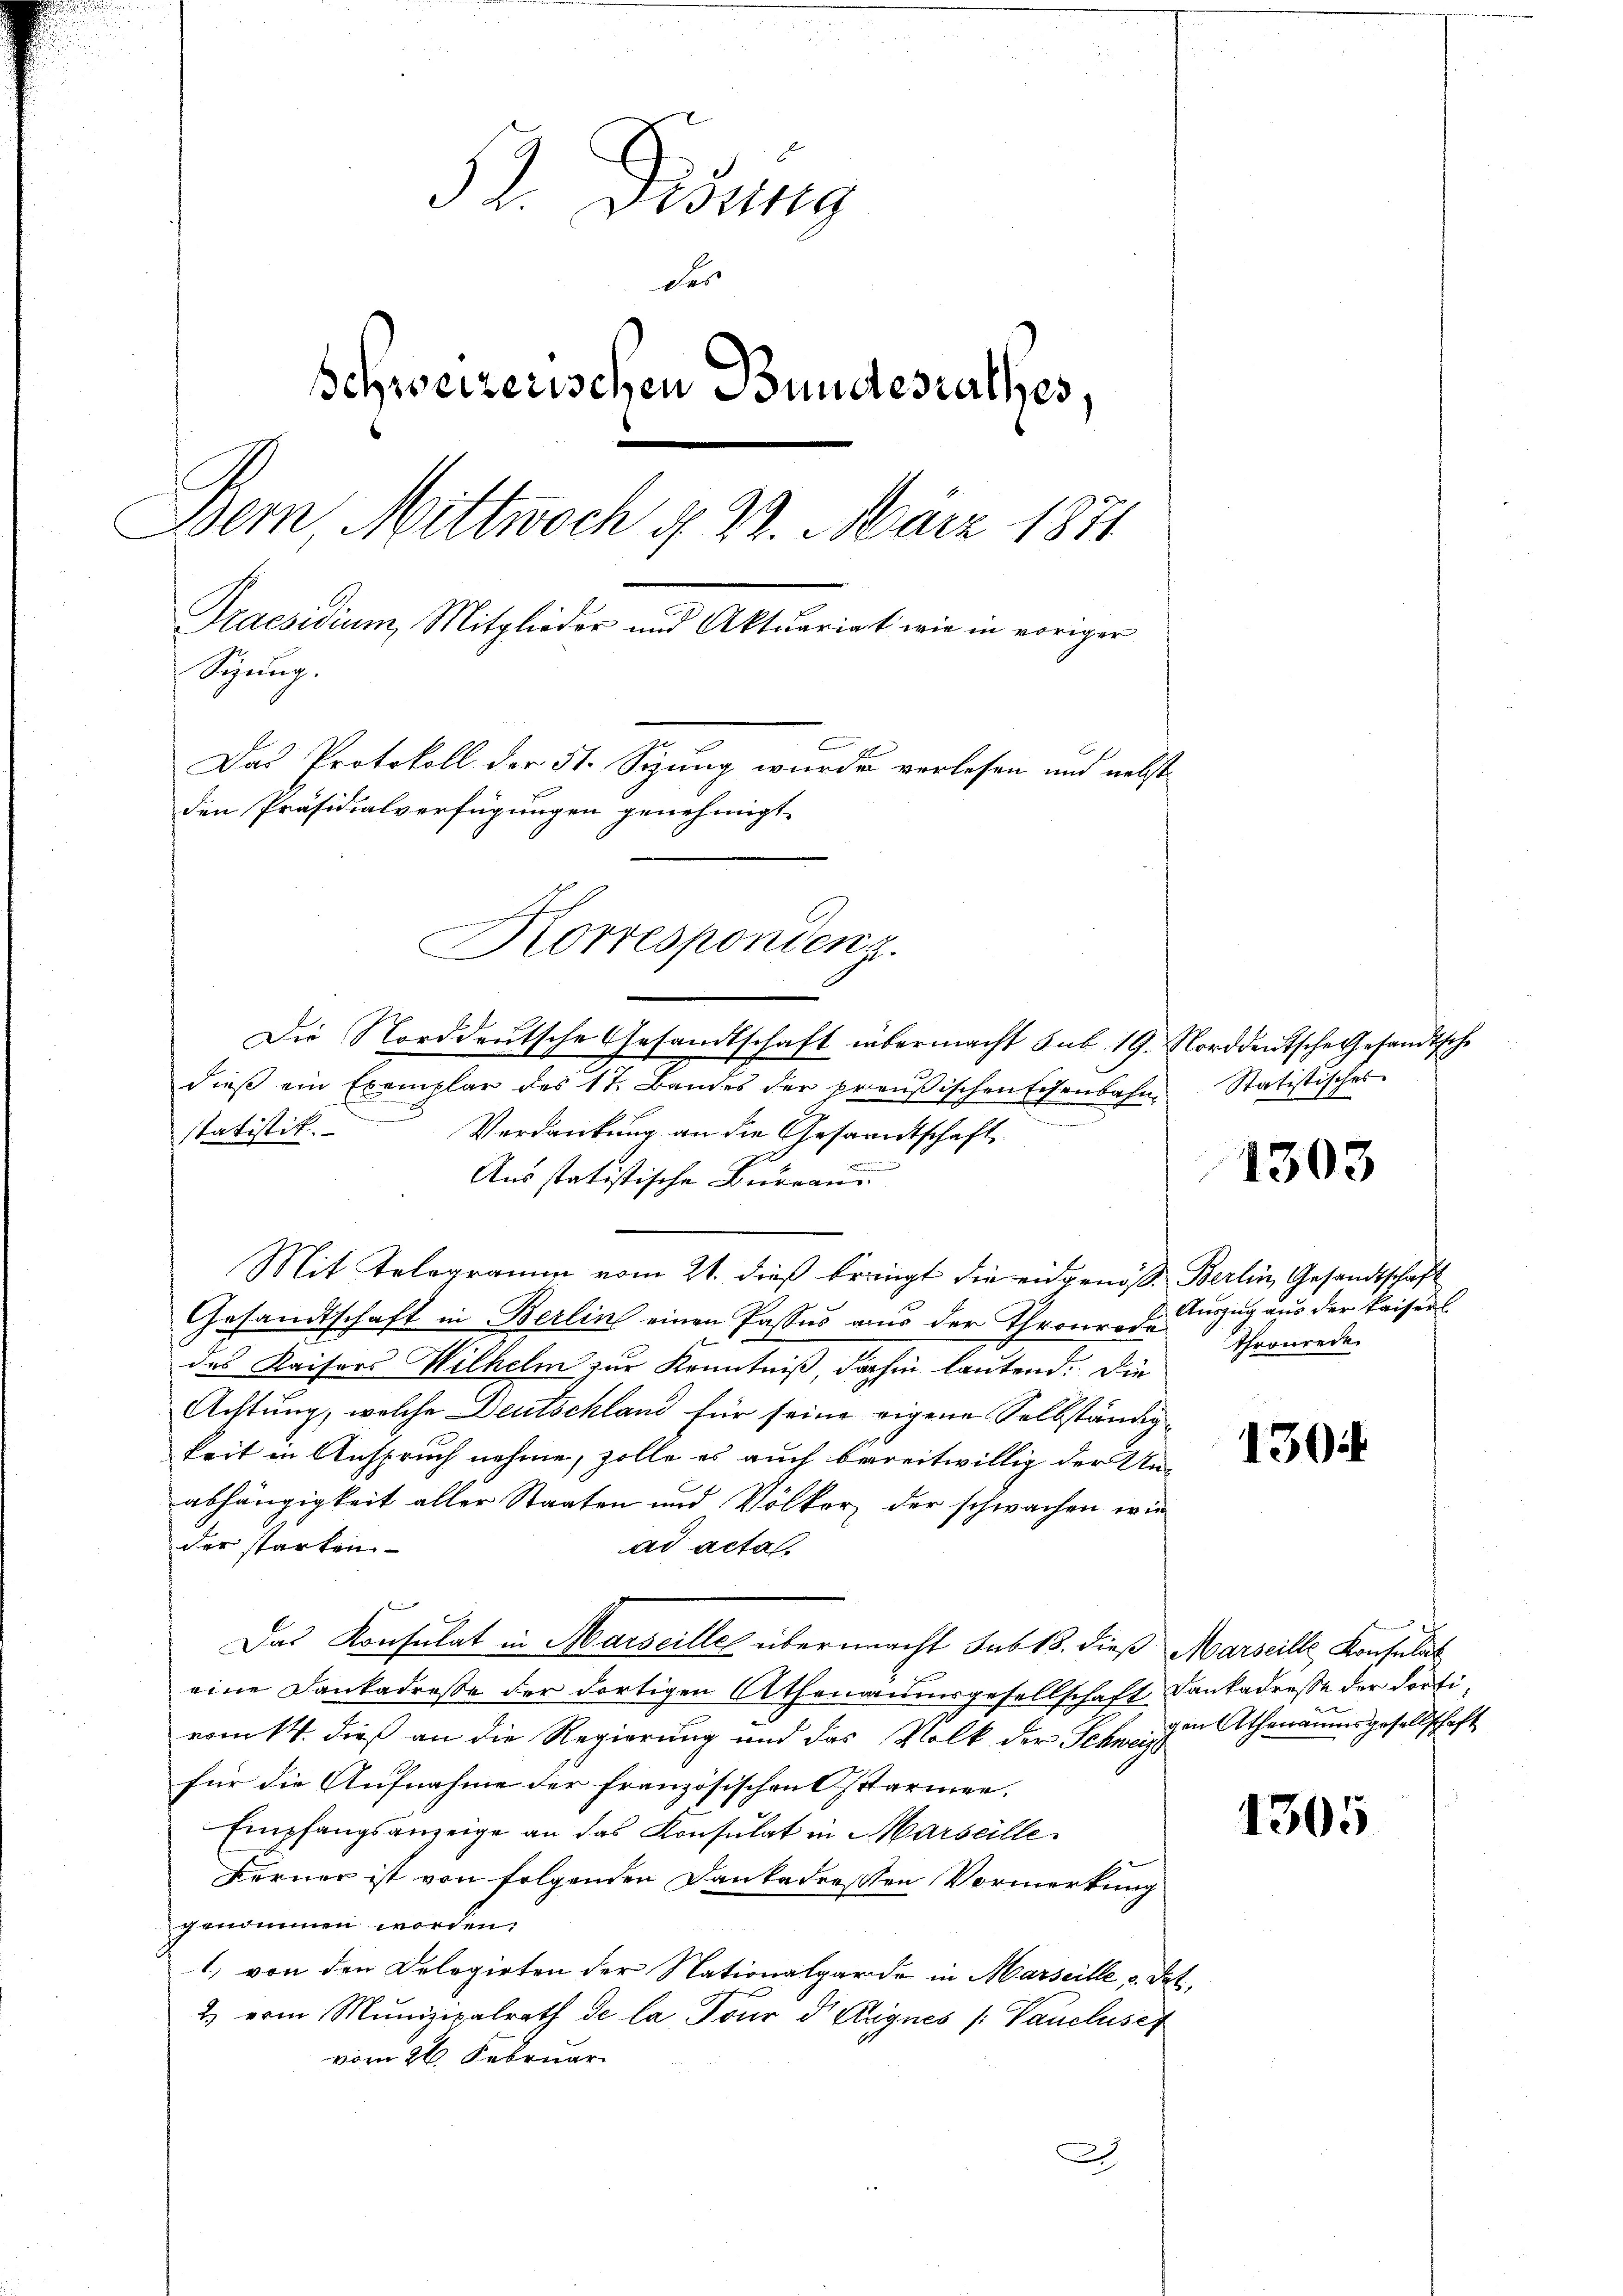
52. Disung
der
Schweizerischen Bundesrathes,
Bern, Mittwoch d. 23. März 1871
Praesidium, Mitglieder und Aktuariat wie in voriger
Sizung.
Das Protokoll der 51. Sizung wurde verlesen und nebst
den Präsidialverfügungen genehmigt.
n
Korrespondenz.

Die Norddeutsche Gesandtschaft übermacht sub 19. Norddeutsche Gesandtsche
dieß ein Exemplar des 17. Bandes der preußischen Eisenbahn-

statistik. Verdankung an die Gesandtschaft
Ausstatistische Bureau
Mit Telegramm vom 21. dieß bringt die eidgenoß. Berlin, Gesandtschaft
Gesandtschaft in Berlin einen Passus aus der Thronrede Thronrede
das Kaisers Wilhelm zur Kenntniß, dahin lautend. Die
Achtung, welche Deutschland für seine eigene Selbständig-
keit in Anspruch nehme, zolle es auch bereitwillig der Unabhängigkeit aller Staaten und Völker, der schwachen wie
der starken
ad acta.
Das Konsulat in Marseille übermacht sub 15. dieß Marseille, Konsulat
eine Dankadresse der dortigen Athenaumsgesellschaft ankadresse der dortivom 14. dieß an die Regierung und das Volk der Schweiz
für die Aufnahme der französischen Osttarmen.
Empfangsanzeige an das Konsulat in Marseille
Ferner ist von folgenden Dankadressen Vormerkung
genommen worden.
1) von den Delegirten der Nationalgarde in Marseille, u. dat.
2 vom Munizipalrath de la Tour d. Augnes (Vancluser
vom 26. Februar
2

.

Statistisches
1303

Auszug aus der Kaiserl

1304

gen Athenaumsgesellschaft

1305